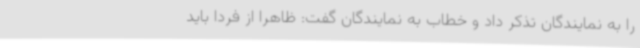
را به نمایندگان تذکر داد و خطاب به نمایندگان گفت: ظاهرا از فردا باید